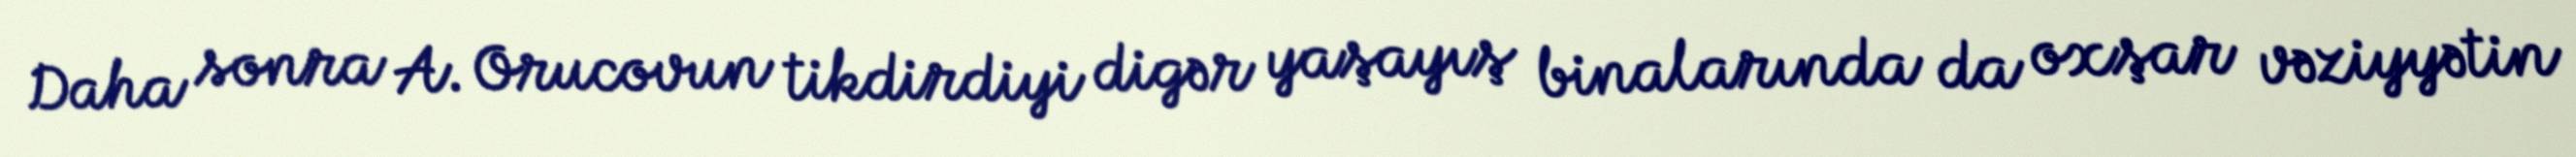
Daha sonra A. Orucovun tikdirdiyi digər yaşayış binalarında da oxşar vəziyyətin